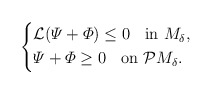
\begin{align*} \left\{ \begin{aligned} & \mathcal{L} (\varPsi + \varPhi) \leq 0 \;\; \mbox{ in $M_{\delta}$}, \\ & \varPsi + \varPhi \geq 0 \;\; \mbox{ on $\mathcal{P} M_{\delta}$}.\end{aligned} \right.\end{align*}